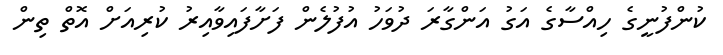
ކުންފުނީގެ ހިއްސާގެ އަގު އަންގާރަ ދުވަހު އުފުލެން ފަށާފައިވާއިރު ކުރިއަށް އޮތް ތިން